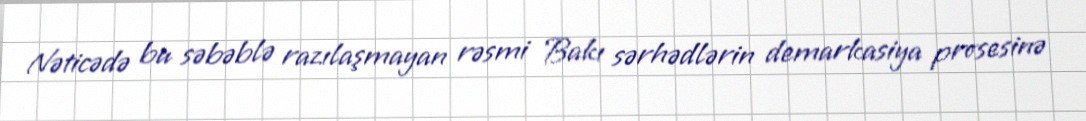
Nəticədə bu səbəblə razılaşmayan rəsmi Bakı sərhədlərin demarkasiya prosesinə